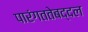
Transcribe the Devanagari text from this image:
पारंगततेबद्दल